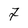
Character: 7